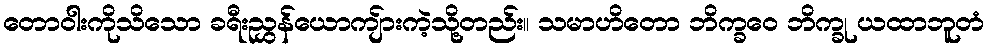
တောဝါးကိုသိသော ခရီးညွှန်ယောကျ်ားကဲ့သို့တည်း။ သမာဟိတော ဘိက္ခဝေ ဘိက္ခု ယထာဘူတံ